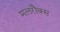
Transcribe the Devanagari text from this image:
मलरौक्स